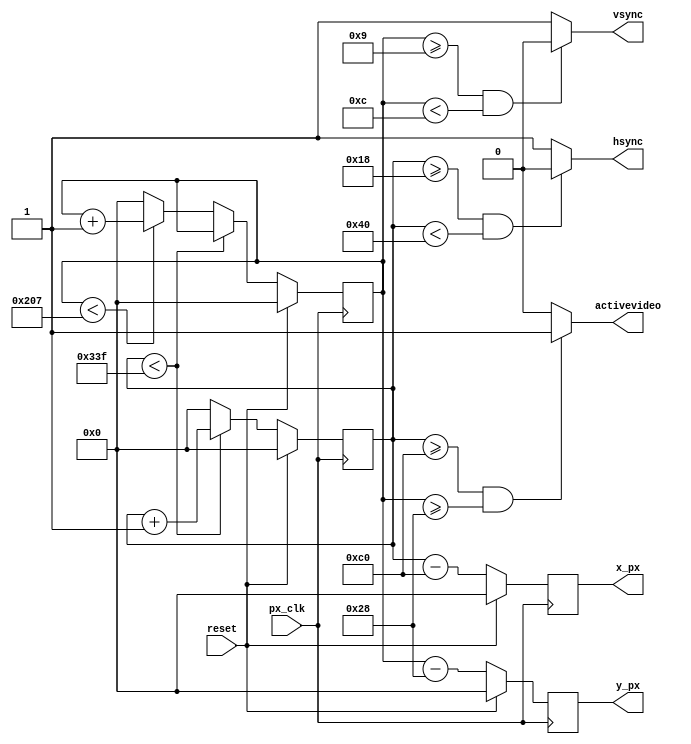
// This program was cloned from: https://github.com/urish/tt07-vga-perlin
// License: Apache License 2.0

`default_nettype none
//////////////////////////////////////////////////////////////////////////////////
// Company: Ridotech
// 
// Module Name:    vga_controller
// Description:    Basic control for 640x480@72Hz VGA signal.
//
// Dependencies: 
//
// Revision: 
// Revision 0.01 - File Created for Roland Coeurjoly (RCoeurjoly) in 640x480@85Hz.
// Revision 0.02 - Change for 640x480@60Hz.
// Revision 0.03 - Solved some mistakes.
// Revision 0.04 - Change for 640x480@72Hz and output signals 'activevideo'
//                 and 'px_clk'.
//
// Additional Comments: 
//
//////////////////////////////////////////////////////////////////////////////////
module VgaSyncGen (
            input wire       px_clk,        // Input clock: 31.5MHz
            input wire       reset,         // reset
            output wire      hsync,         // Horizontal sync out
            output wire      vsync,         // Vertical sync out
            output reg [9:0] x_px,          // X position for actual pixel.
            output reg [9:0] y_px,          // Y position for actual pixel.
            output wire      activevideo
         );

    /*
    http://www.epanorama.net/faq/vga2rgb/calc.html
    [*User-Defined_mode,(640X480)]
    PIXEL_CLK   =   31500
    H_DISP      =   640
    V_DISP      =   480
    H_FPORCH    =   24
    H_SYNC      =   40
    H_BPORCH    =   128
    V_FPORCH    =   9
    V_SYNC      =   3
    V_BPORCH    =   28
    */

    // Video structure constants.
    parameter activeHvideo = 640;               // Width of visible pixels.
    parameter activeVvideo =  480;              // Height of visible lines.
    parameter hfp = 24;                         // Horizontal front porch length.
    parameter hpulse = 40;                      // Hsync pulse length.
    parameter hbp = 128;                        // Horizontal back porch length.
    parameter vfp = 9;                          // Vertical front porch length.
    parameter vpulse = 3;                       // Vsync pulse length.
    parameter vbp = 28;                         // Vertical back porch length.
    parameter blackH = hfp + hpulse + hbp;      // Hide pixels in one line.
    parameter blackV = vfp + vpulse + vbp;      // Hide lines in one frame.
    parameter hpixels = blackH + activeHvideo;  // Total horizontal pixels.
    parameter vlines = blackV + activeVvideo;   // Total lines.

    // Registers for storing the horizontal & vertical counters.
    reg [9:0] hc;
    reg [9:0] vc;

    // Counting pixels.
    always @(posedge px_clk)
    begin
        if(reset) begin
            hc <= 0;
            vc <= 0;
        end else begin
            // Keep counting until the end of the line.
            if (hc < hpixels - 1)
                hc <= hc + 1;
            else
            // When we hit the end of the line, reset the horizontal
            // counter and increment the vertical counter.
            // If vertical counter is at the end of the frame, then
            // reset that one too.
            begin
                hc <= 0;
                if (vc < vlines - 1)
                vc <= vc + 1;
            else
               vc <= 0;
            end
        end
     end

    // Generate sync pulses (active low) and active video.
    assign hsync = (hc >= hfp && hc < hfp + hpulse) ? 0:1;
    assign vsync = (vc >= vfp && vc < vfp + vpulse) ? 0:1;
    assign activevideo = (hc >= blackH && vc >= blackV) ? 1:0;

    // Generate color.
    always @(posedge px_clk)
    begin
        if(reset) begin
            x_px <= 0;
            y_px <= 0;
        end else begin
            x_px <= hc - blackH;
            y_px <= vc - blackV;
        end
     end
 endmodule
`default_nettype wire